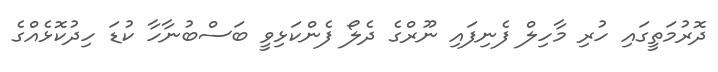
ދޮރުމަތީގައި ހުރި މާހިލް ފެނިފައި ނޫރްގެ ދެލޯ ފެންކަޅިވީ ބަސްބުނާހާ ކުޑަ ހިދުކޮޅެއްގެ